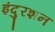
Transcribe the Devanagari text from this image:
इंदुरशन